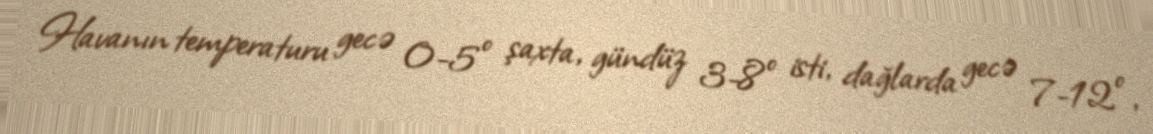
Havanın temperaturu gecə 0-5° şaxta, gündüz 3-8° isti, dağlarda gecə 7-12°,